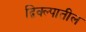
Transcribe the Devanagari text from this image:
द्विक्ल्पातील